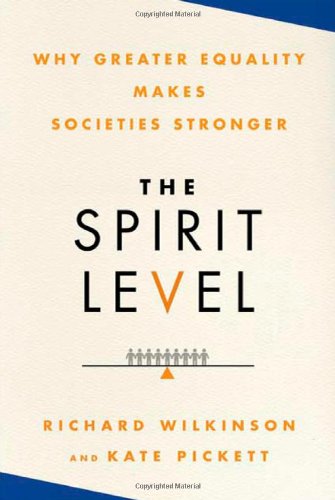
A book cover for The Spirit Level: Why Greater Equality Makes Societies Stronger; Kate Pickett; Business & Money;